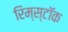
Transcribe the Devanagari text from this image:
रिम्स्टॉक